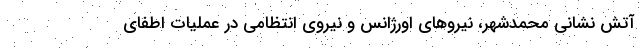
آتش نشانی محمدشهر، نیروهای اورژانس و نیروی انتظامی در عملیات اطفای